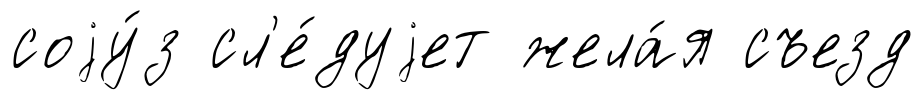
соjу́з сл'е́дуjет жела́я съезд